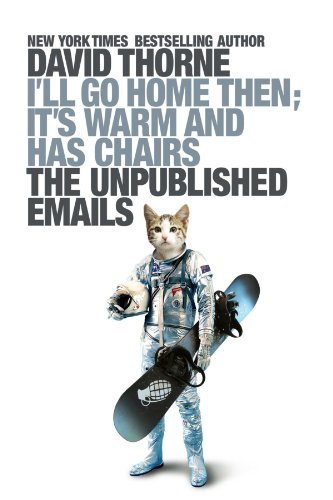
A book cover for I'll Go Home Then, It's Warm and Has Chairs. The Unpublished Emails.; David Thorne; Humor & Entertainment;